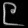
Digit: ၉